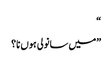
“
”میں سانولی ہوں نا؟